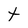
Character: t